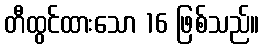
တီထွင်ထားသော 16 ဖြစ်သည်။